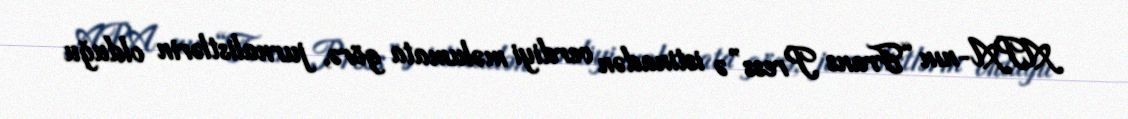
APA-nın “Frans Press”ə istinadən verdiyi məlumata görə, jurnalistlərin olduğu